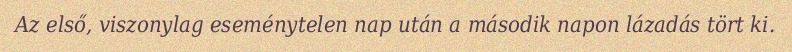
Az első, viszonylag eseménytelen nap után a második napon lázadás tört ki.